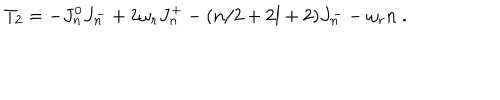
T _ { 2 } = - J _ { n } ^ { 0 } J _ { n } ^ { - } + 2 \omega _ { r } J _ { n } ^ { + } - ( n / 2 + 2 l + 2 ) J _ { n } ^ { - } - \omega _ { r } n \ .